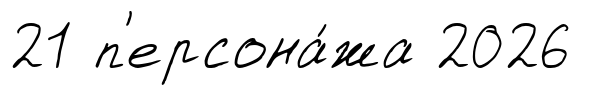
21 п'ерсона́жа 2026